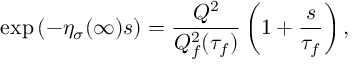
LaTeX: \exp \left( - \eta _ { \sigma } ( \infty ) s \right) = \frac { Q ^ { 2 } } { Q _ { f } ^ { 2 } ( \tau _ { f } ) } \left( 1 + \frac { s } { \tau _ { f } } \right) ,